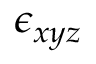
\epsilon _ { x y z }